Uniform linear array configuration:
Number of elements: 16
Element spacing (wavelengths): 1
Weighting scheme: hann
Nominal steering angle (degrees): -15
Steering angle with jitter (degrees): -13.591
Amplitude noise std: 0.05
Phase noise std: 0.05

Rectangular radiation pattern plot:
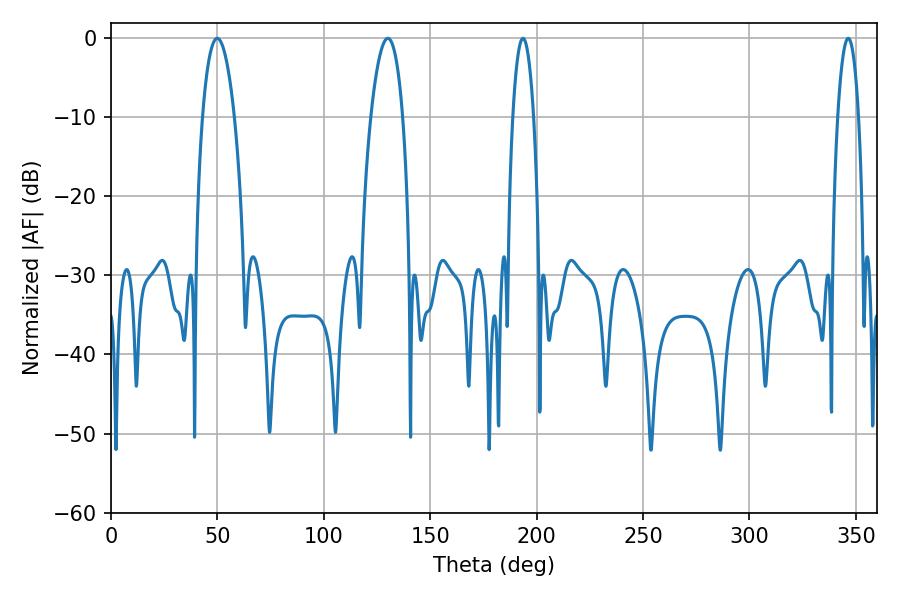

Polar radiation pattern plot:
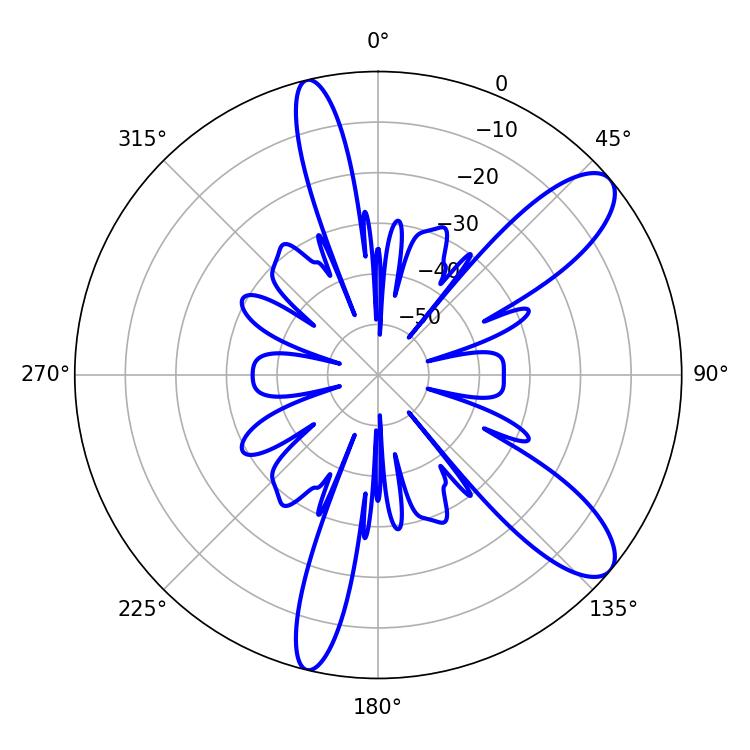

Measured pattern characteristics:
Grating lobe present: TRUE
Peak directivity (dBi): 10.217
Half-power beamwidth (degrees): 8.28
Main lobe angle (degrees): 49.86